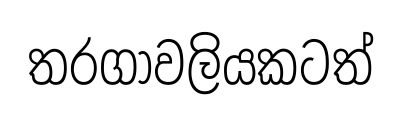
තරගාවලියකටත්